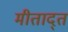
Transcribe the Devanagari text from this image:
मीताद्त